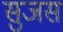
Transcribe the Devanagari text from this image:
सुजस